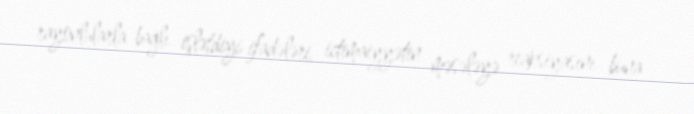
rayonlularla bağlı işlətdiyi ifadələri, ictimaiyyətin məsələyə reaksiyasını buna